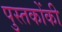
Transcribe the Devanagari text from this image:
पुस्‍तकोंकी